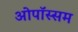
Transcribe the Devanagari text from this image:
ओपॉस्सम